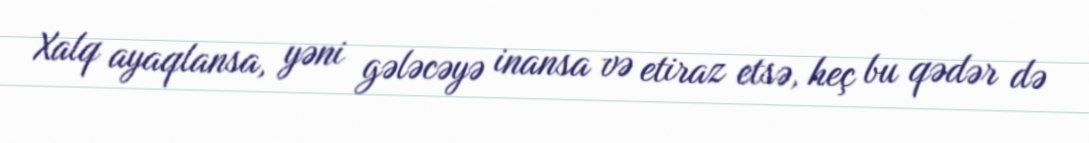
Xalq ayaqlansa, yəni gələcəyə inansa və etiraz etsə, heç bu qədər də